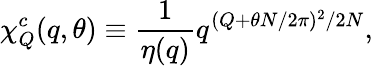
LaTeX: \chi_{Q}^{c}(q,\theta)\equiv{\frac{1}{\eta(q)}}q^{(Q+\theta N/2\pi)^{2}/2N},